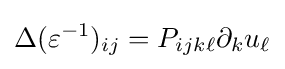
\Delta (\varepsilon ^{-1})_{ij}=P_{ijk\ell }\partial _{k}u_{\ell }